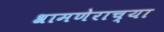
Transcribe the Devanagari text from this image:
श्रामणेराच्या